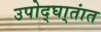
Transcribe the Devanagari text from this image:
उपोद्‌घा्तांत